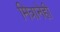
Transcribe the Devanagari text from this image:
मित्रानेही